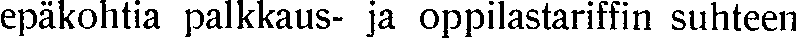
epäkohtia palkkaus- ja oppilastariffin suhteen